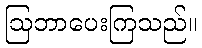
ဩဘာပေးကြသည်။